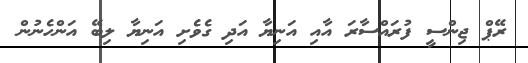
ރޭޕް ޖިންސީ ފުރައްސާރަ އާއި އަނިޔާ އަދި ގެވެށި އަނިޔާ ލިބޭ އަންހެނުން